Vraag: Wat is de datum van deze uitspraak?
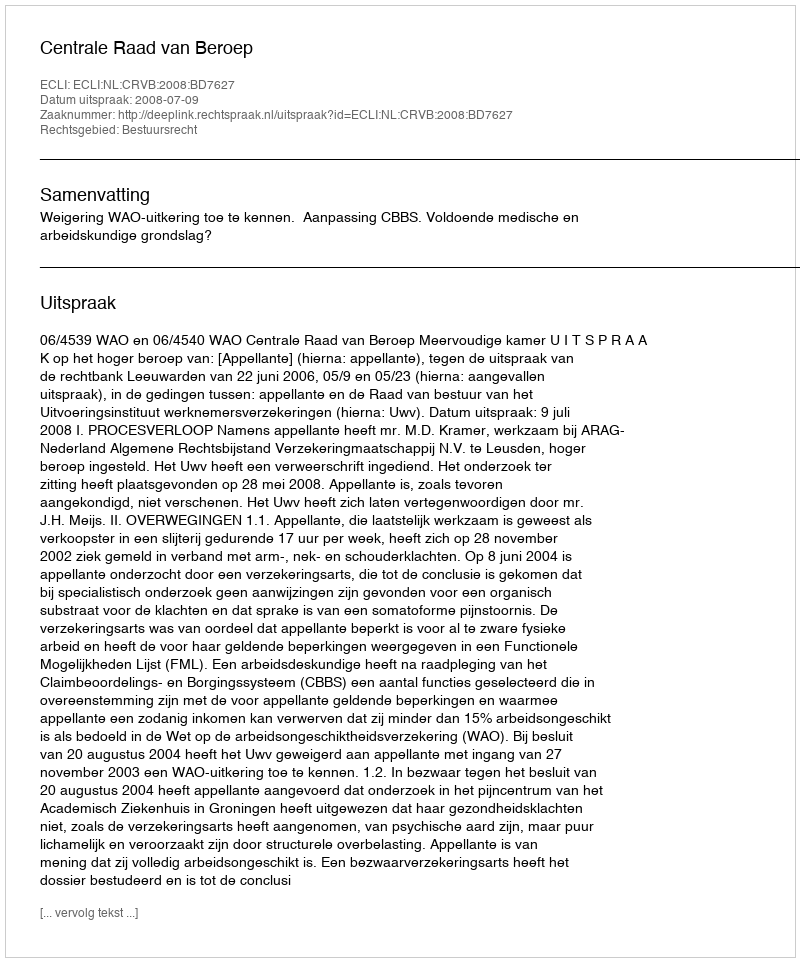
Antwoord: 2008-07-09